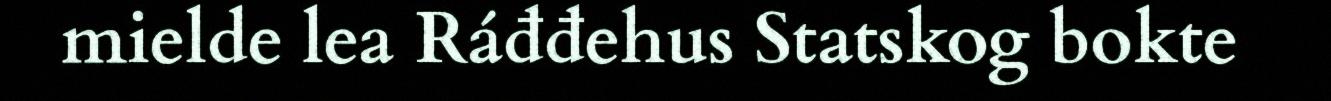
mielde lea Ráđđehus Statskog bokte